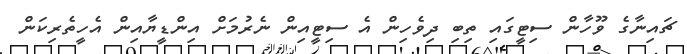
ޗައިނާގެ ވޫހާން ސިޓީގައި ތިބި ދިވެހިން އެ ސިޓީއިން ނެރުމަށް އިންޑީޔާއިން އެހީތެރިކަން